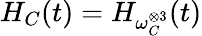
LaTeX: H_{C}(t)=H_{\omega_{C}^{\otimes 3}}(t)